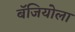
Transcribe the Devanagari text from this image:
बॅजियोला